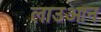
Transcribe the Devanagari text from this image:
लाउआन